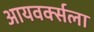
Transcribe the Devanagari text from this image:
आयवर्क्सला